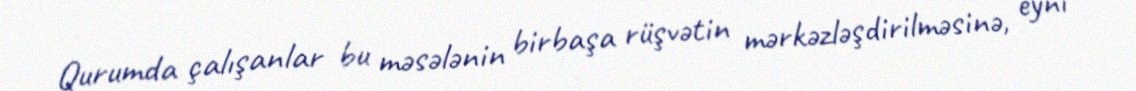
Qurumda çalışanlar bu məsələnin birbaşa rüşvətin mərkəzləşdirilməsinə, eyni